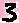
Text: 3